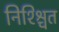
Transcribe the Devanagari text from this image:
निश्श्चित